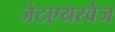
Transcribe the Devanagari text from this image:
जेटएयरवेज